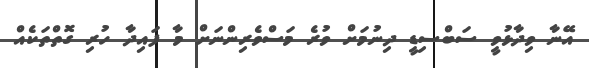
އޭނާ ވިދާޅުވީ ސަބްސިޑީ ދިނުމަށް ވުރެ މަސްވެރިންނަށް މާ ފައިދާ ހުރި ގޮތްތަކެއް